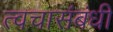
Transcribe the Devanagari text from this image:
त्वचासंबंधी